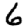
Digit: 6